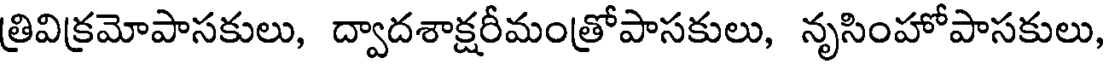
త్రివిక్రమోపాసకులు, ద్వాదశాక్షరీమంత్రోపాసకులు, నృసింహోపాసకులు,